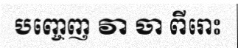
បញ្ចេញ វា ចា ពីរោះ